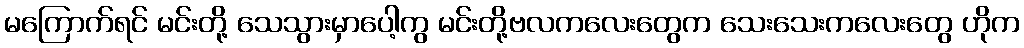
မကြောက်ရင် မင်းတို့ သေသွားမှာပေါ့ကွ မင်းတို့ဗလကလေးတွေက သေးသေးကလေးတွေ ဟိုက